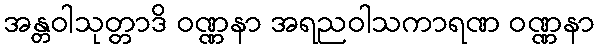
အန္တဝါသုတ္တာဒိ ဝဏ္ဏနာ အရညဝါသကာရဏ ဝဏ္ဏနာ